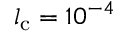
l _ { \mathrm { c } } = 1 0 ^ { - 4 }